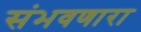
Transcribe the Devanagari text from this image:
संभवणारा